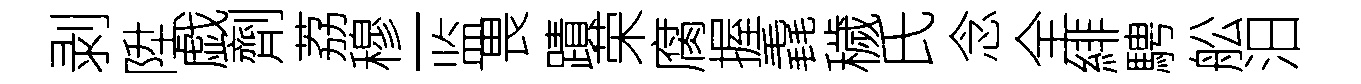
剥陞戯劑荔穆一监畏蹟荣腐握毳穢氏念全緋騁舩汨